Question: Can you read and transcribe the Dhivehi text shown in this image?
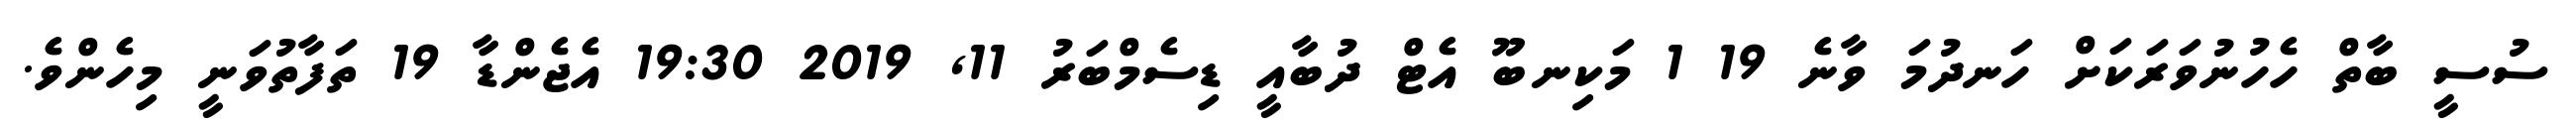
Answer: ސުސީ ބާތް ހެހުނުވަރަކަށް ހަނދުމަ ވާނެ 19 1 މަކިނބޫ އެޓް ދުބާއީ ޑިސެމްބަރު 11, 2019 19:30 އެޖެންޑާ 19 ތަފާތުވަނީ މިހެންވެ.